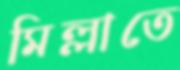
মিল্লাতে